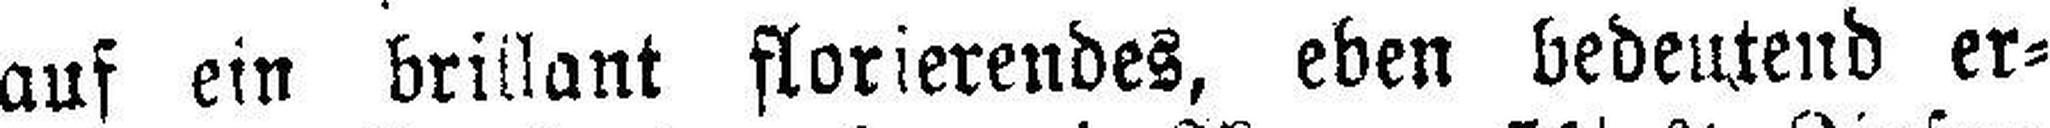
auf ein brillant florierendes, eben bedeutend er¬